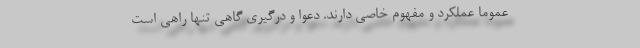
عموما عملکرد و مفهوم خاصی دارند. دعوا و درگیری گاهی تنها راهی است